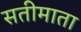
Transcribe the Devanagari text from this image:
सतीमाता